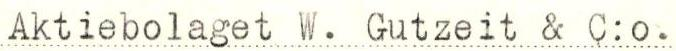
Aktiebolaget W. Gutzeit & C:o.